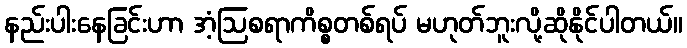
နည်းပါးနေခြင်းဟာ အံ့ဩစရာကိစ္စတစ်ရပ် မဟုတ်ဘူးလို့ဆိုနိုင်ပါတယ်။